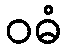
ဝဓံ